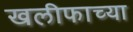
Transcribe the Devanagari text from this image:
खलीफाच्या